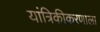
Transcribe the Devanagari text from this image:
यांत्रिकीकरणाला